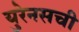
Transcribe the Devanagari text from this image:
युरेनसची